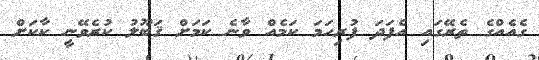
ގެއެއްގެ ތެރޭގައި އެފަދަ ފުރިހަމަ ކަމެއް ވާނެ ކަމަށް ޤަބޫލު ކުރެވޭނީ ކާކަށް